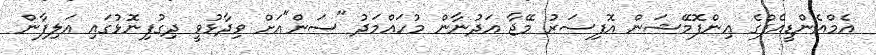
އެމްއެންޑީއެފްގެ އިންފޮމޭޝަން އޮފިސަރު މޭޖާ އަދުނާން މުހައްމަދު "ސަން"އަށް ވިދާޅުވީ ދިގުފިނޮޅުގައި އަލިފާން